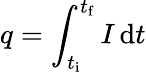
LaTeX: q=\int_{t_{\mathrm{i}}}^{t_{\mathrm{f}}}I\, \mathrm{d}t